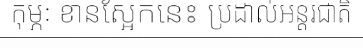
កុម្ភៈ ខានស្អែកនេះ ប្រដាល់អន្តរជាតិ